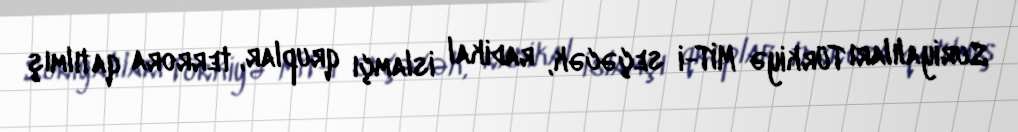
Suriyalıları Türkiyə MİT-i seçəcək, radikal islamçı qruplar, terrora qatılmış